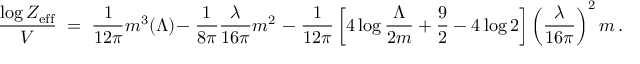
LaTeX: { \frac { \log { \cal Z } _ { \mathrm { e f f } } } { V } } \; = \; { \frac { 1 } { 1 2 \pi } } m ^ { 3 } ( \Lambda ) - \; { \frac { 1 } { 8 \pi } } { \frac { \lambda } { 1 6 \pi } } m ^ { 2 } \; - \; { \frac { 1 } { 1 2 \pi } } \left[ 4 \log { \frac { \Lambda } { 2 m } } + { \frac { 9 } { 2 } } - 4 \log 2 \right] \left( { \frac { \lambda } { 1 6 \pi } } \right) ^ { 2 } m \, .